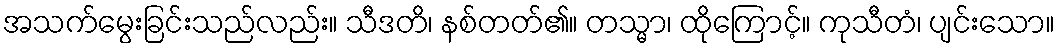
အသက်မွေးခြင်းသည်လည်း။ သီဒတိ၊ နစ်တတ်၏။ တသ္မာ၊ ထိုကြောင့်။ ကုသီတံ၊ ပျင်းသော။